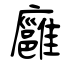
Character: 廱